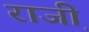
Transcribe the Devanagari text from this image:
राजी़